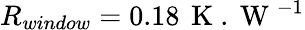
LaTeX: R_{window}=0.18\, \mathrm{~K~.~W~}^{-1}